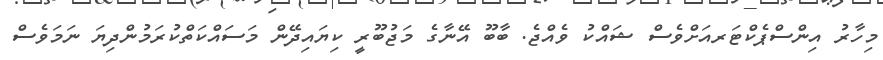
މިހާރު އިންސްޕެކްޓަރއަށްވެސް ޝައްކު ވެއްޖެ. ބާބޫ އޭނާގެ މަޖުބޫރީ ކިޔައިދޭން މަސައްކަތްކުރަމުންދިޔަ ނަމަވެސް